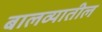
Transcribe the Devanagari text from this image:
बालव्यातील